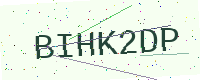
Text: BIHK2DP